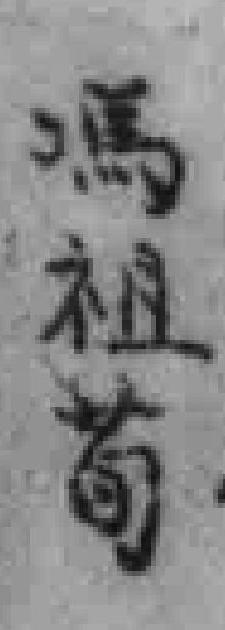
馮祖萄